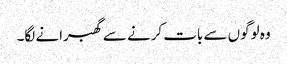
وہ لوگوں سے بات کرنے سے گھبرانے لگا۔